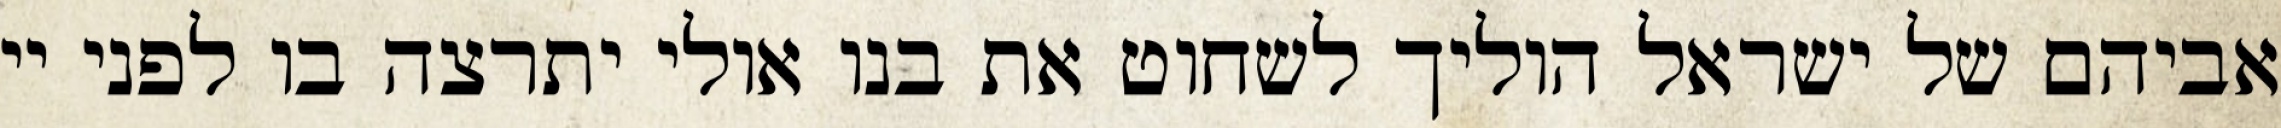
אביהם של ישראל הוליך לשחוט את בנו אולי יתרצה בו לפני יי